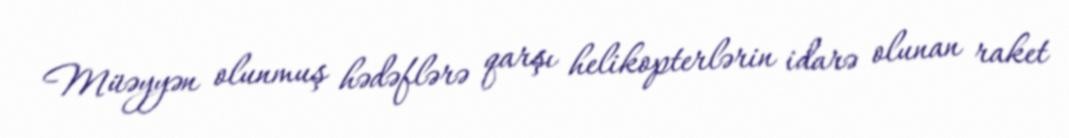
Müəyyən olunmuş hədəflərə qarşı helikopterlərin idarə olunan raket